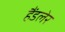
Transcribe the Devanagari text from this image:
हैंडलेर